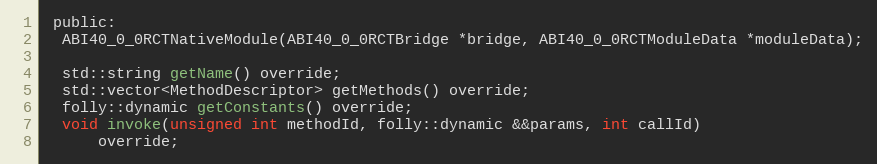
Language: C
 public:
  ABI40_0_0RCTNativeModule(ABI40_0_0RCTBridge *bridge, ABI40_0_0RCTModuleData *moduleData);

  std::string getName() override;
  std::vector<MethodDescriptor> getMethods() override;
  folly::dynamic getConstants() override;
  void invoke(unsigned int methodId, folly::dynamic &&params, int callId)
      override;